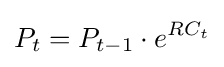
P_{t}=P_{t-1}\cdot e^{RC_{t}}